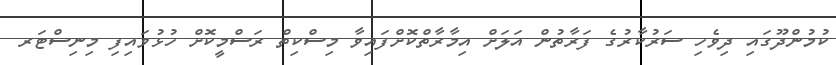
ކުމުންދޫގައި ދިވެހި ސަރުކާރުގެ ފަރާތުން އަލަށް އިިމާރާތްކޮށްފައިވާ މިސްކިތް ރަސްމީކޮށް ހުޅުވައިފި މިނިސްޓަރ